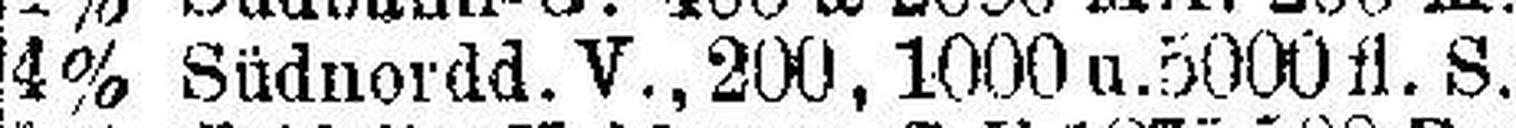
4% Südnordd. V., 200, 1000 u. 5000 fl. S.